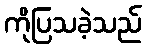
ကိုပြသခဲ့သည်